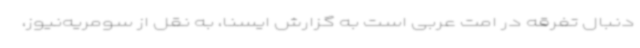
دنبال تفرقه در امت عربی است به گزارش ایسنا، به نقل از سومریه‌نیوز،